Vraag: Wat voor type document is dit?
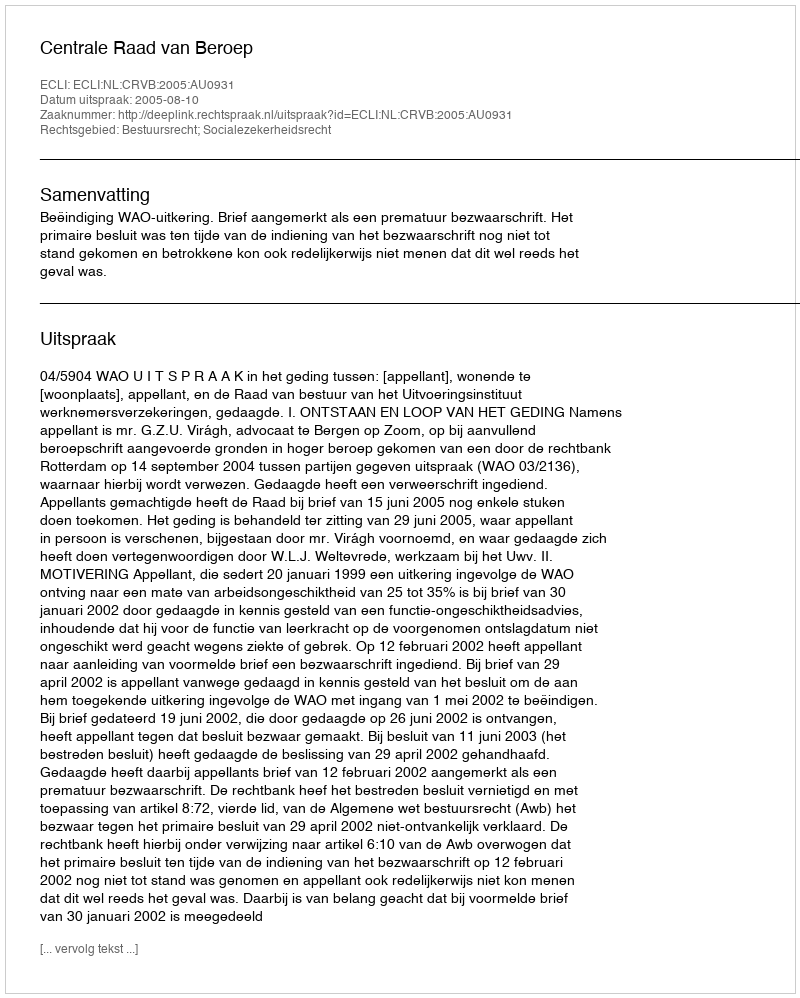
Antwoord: Uitspraak